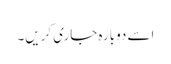
اسے دوبارہ جاری کریں۔